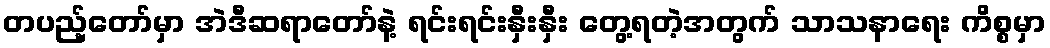
တပည့်တော်မှာ အဲဒီဆရာတော်နဲ့ ရင်းရင်းနှီးနှီး တွေ့ရတဲ့အတွက် သာသနာရေး ကိစ္စမှာ